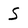
Character: S